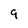
Character: 9